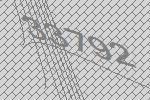
33792